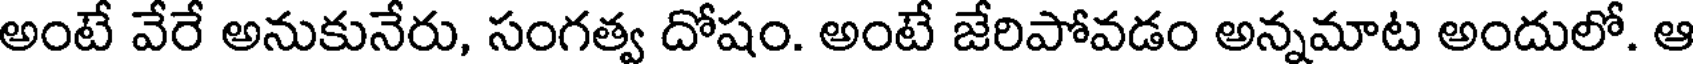
అంటే వేరే అనుకునేరు, సంగత్వ దోషం. అంటే జేరిపోవడం అన్నమాట అందులో. ఆ